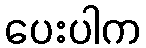
ပေးပါက